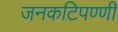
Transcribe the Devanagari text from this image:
जनकटिपण्णी